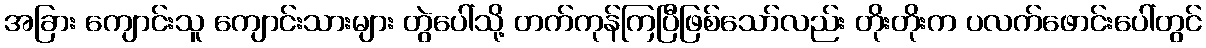
အခြား ကျောင်းသူ ကျောင်းသားများ တွဲပေါ်သို့ တက်ကုန်ကြပြီဖြစ်သော်လည်း တိုးတိုးက ပလက်ဖောင်းပေါ်တွင်